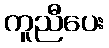
ကူညီပေး